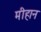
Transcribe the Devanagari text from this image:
मीहान